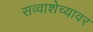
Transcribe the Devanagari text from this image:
सव्वाशेच्यावर